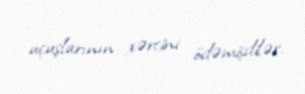
uçuşlarının xərcini ödəmişdilər.